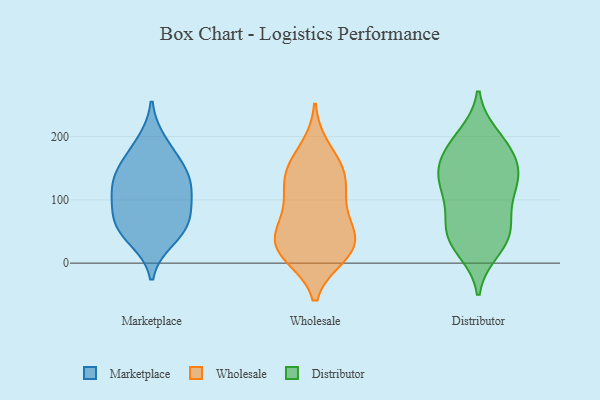
{"axis": {"x": "Conversion Rate (%)", "y": "Value"}, "legend": ["Distributor", "Marketplace", "Wholesale"], "data": [{"x": "", "y": 125, "type": "Marketplace"}, {"x": "", "y": 94, "type": "Marketplace"}, {"x": "", "y": 191, "type": "Marketplace"}, {"x": "", "y": 128, "type": "Marketplace"}, {"x": "", "y": 70, "type": "Marketplace"}, {"x": "", "y": 58, "type": "Marketplace"}, {"x": "", "y": 38, "type": "Marketplace"}, {"x": "", "y": 160, "type": "Marketplace"}, {"x": "", "y": 107, "type": "Marketplace"}, {"x": "", "y": 149, "type": "Marketplace"}, {"x": "", "y": 55, "type": "Marketplace"}, {"x": "", "y": 22, "type": "Wholesale"}, {"x": "", "y": 91, "type": "Wholesale"}, {"x": "", "y": 151, "type": "Wholesale"}, {"x": "", "y": 63, "type": "Wholesale"}, {"x": "", "y": 51, "type": "Wholesale"}, {"x": "", "y": 181, "type": "Wholesale"}, {"x": "", "y": 16, "type": "Wholesale"}, {"x": "", "y": 20, "type": "Wholesale"}, {"x": "", "y": 143, "type": "Wholesale"}, {"x": "", "y": 12, "type": "Wholesale"}, {"x": "", "y": 109, "type": "Wholesale"}, {"x": "", "y": 145, "type": "Wholesale"}, {"x": "", "y": 49, "type": "Wholesale"}, {"x": "", "y": 30, "type": "Wholesale"}, {"x": "", "y": 121, "type": "Wholesale"}, {"x": "", "y": 192, "type": "Distributor"}, {"x": "", "y": 137, "type": "Distributor"}, {"x": "", "y": 60, "type": "Distributor"}, {"x": "", "y": 182, "type": "Distributor"}, {"x": "", "y": 61, "type": "Distributor"}, {"x": "", "y": 157, "type": "Distributor"}, {"x": "", "y": 170, "type": "Distributor"}, {"x": "", "y": 50, "type": "Distributor"}, {"x": "", "y": 21, "type": "Distributor"}, {"x": "", "y": 39, "type": "Distributor"}, {"x": "", "y": 101, "type": "Distributor"}, {"x": "", "y": 133, "type": "Distributor"}, {"x": "", "y": 137, "type": "Distributor"}, {"x": "", "y": 104, "type": "Distributor"}, {"x": "", "y": 200, "type": "Distributor"}, {"x": "", "y": 31, "type": "Distributor"}, {"x": "", "y": 131, "type": "Distributor"}]}